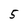
Character: 5